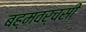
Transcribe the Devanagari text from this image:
बह्मवर्चसी